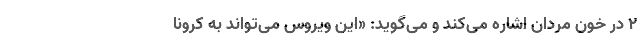
۲ در خون مردان اشاره می‌کند و می‌گوید: «این ویروس می‌تواند به کرونا